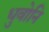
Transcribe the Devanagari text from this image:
धुवोनि